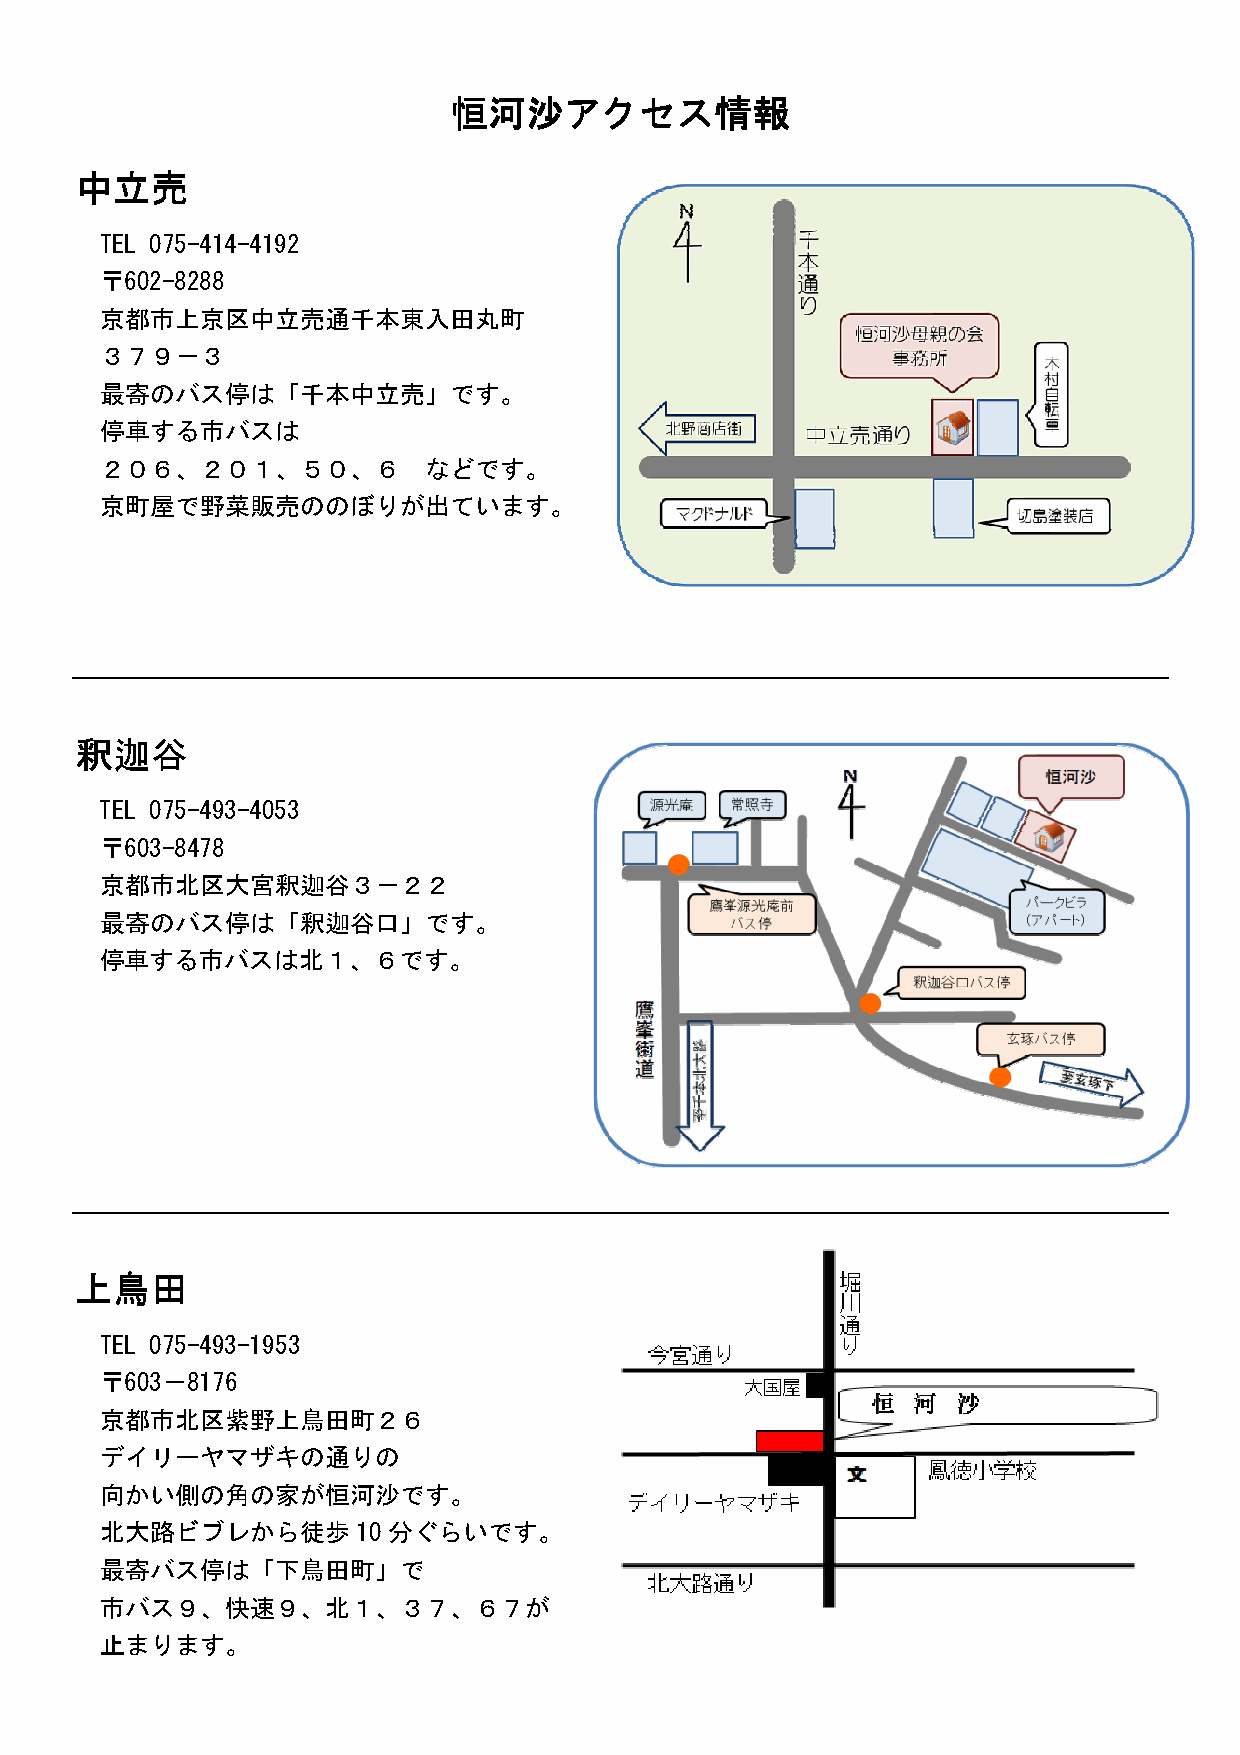
恒恒恒恒河河河河沙沙沙沙アアアアククククセセセセスススス情情情情報報報報
 中中中中立立立立売売売売
 TEL 075-414-4192
 〒602-8288
 京都市上京区中立売通千本東入田丸町
 ３７９－３
 最寄のバス停は「千本中立売」です。
 停車する市バスは
 ２０６、２０１、５０、６         などです。
 京町屋で野菜販売ののぼりが出ています。
 釈釈釈釈迦迦迦迦谷谷谷谷
 TEL 075-493-4053
 〒603-8478
 京都市北区大宮釈迦谷３－２２
 最寄のバス停は「釈迦谷口」です。
 停車する市バスは北１、６です。
 上上上上鳥鳥鳥鳥田田田田
 TEL 075-493-1953
 〒603－8176
 京都市北区紫野上鳥田町２６
 デイリーヤマザキの通りの
 向かい側の角の家が恒河沙です。
 北大路ビブレから徒歩       10 分ぐらいです。
 最寄バス停は「下鳥田町」で
 市バス９、快速９、北１、３７、６７が
 止まります。